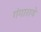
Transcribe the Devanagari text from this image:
गंगाराये